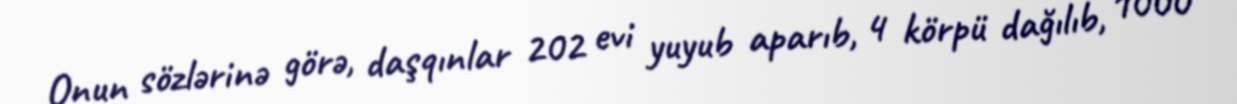
Onun sözlərinə görə, daşqınlar 202 evi yuyub aparıb, 4 körpü dağılıb, 1000